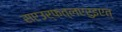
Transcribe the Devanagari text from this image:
सएउर्फत्लएरुइएत्